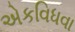
એકવિધવા